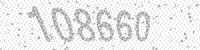
Solution: 108660